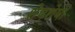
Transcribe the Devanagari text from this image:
शेषशेषी